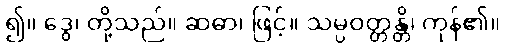
၍။ ဒွေ၊ တို့သည်။ ဆဓာ၊ ဖြင့်။ သမ္ပဝတ္တန္တိ၊ ကုန်၏။